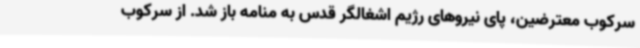
سرکوب معترضین، پای نیروهای رژیم اشغالگر قدس به منامه باز شد. از سرکوب